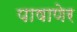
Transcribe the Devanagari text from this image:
पाषाणेर